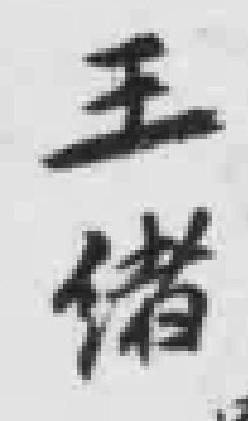
王绪